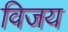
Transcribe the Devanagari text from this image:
विजय